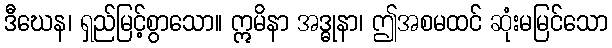
ဒီဃေန၊ ရှည်မြင့်စွာသော။ ဣမိနာ အဒ္ဓုနာ၊ ဤအစမထင် ဆုံးမမြင်သော